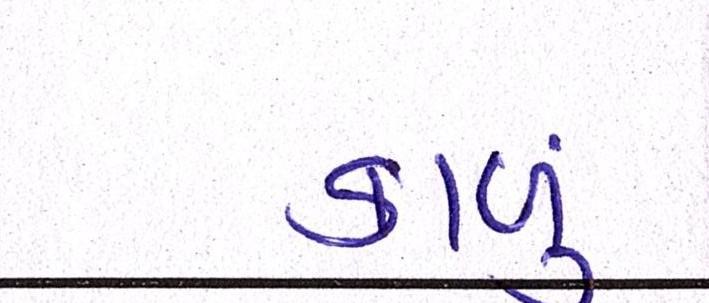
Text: કાળું